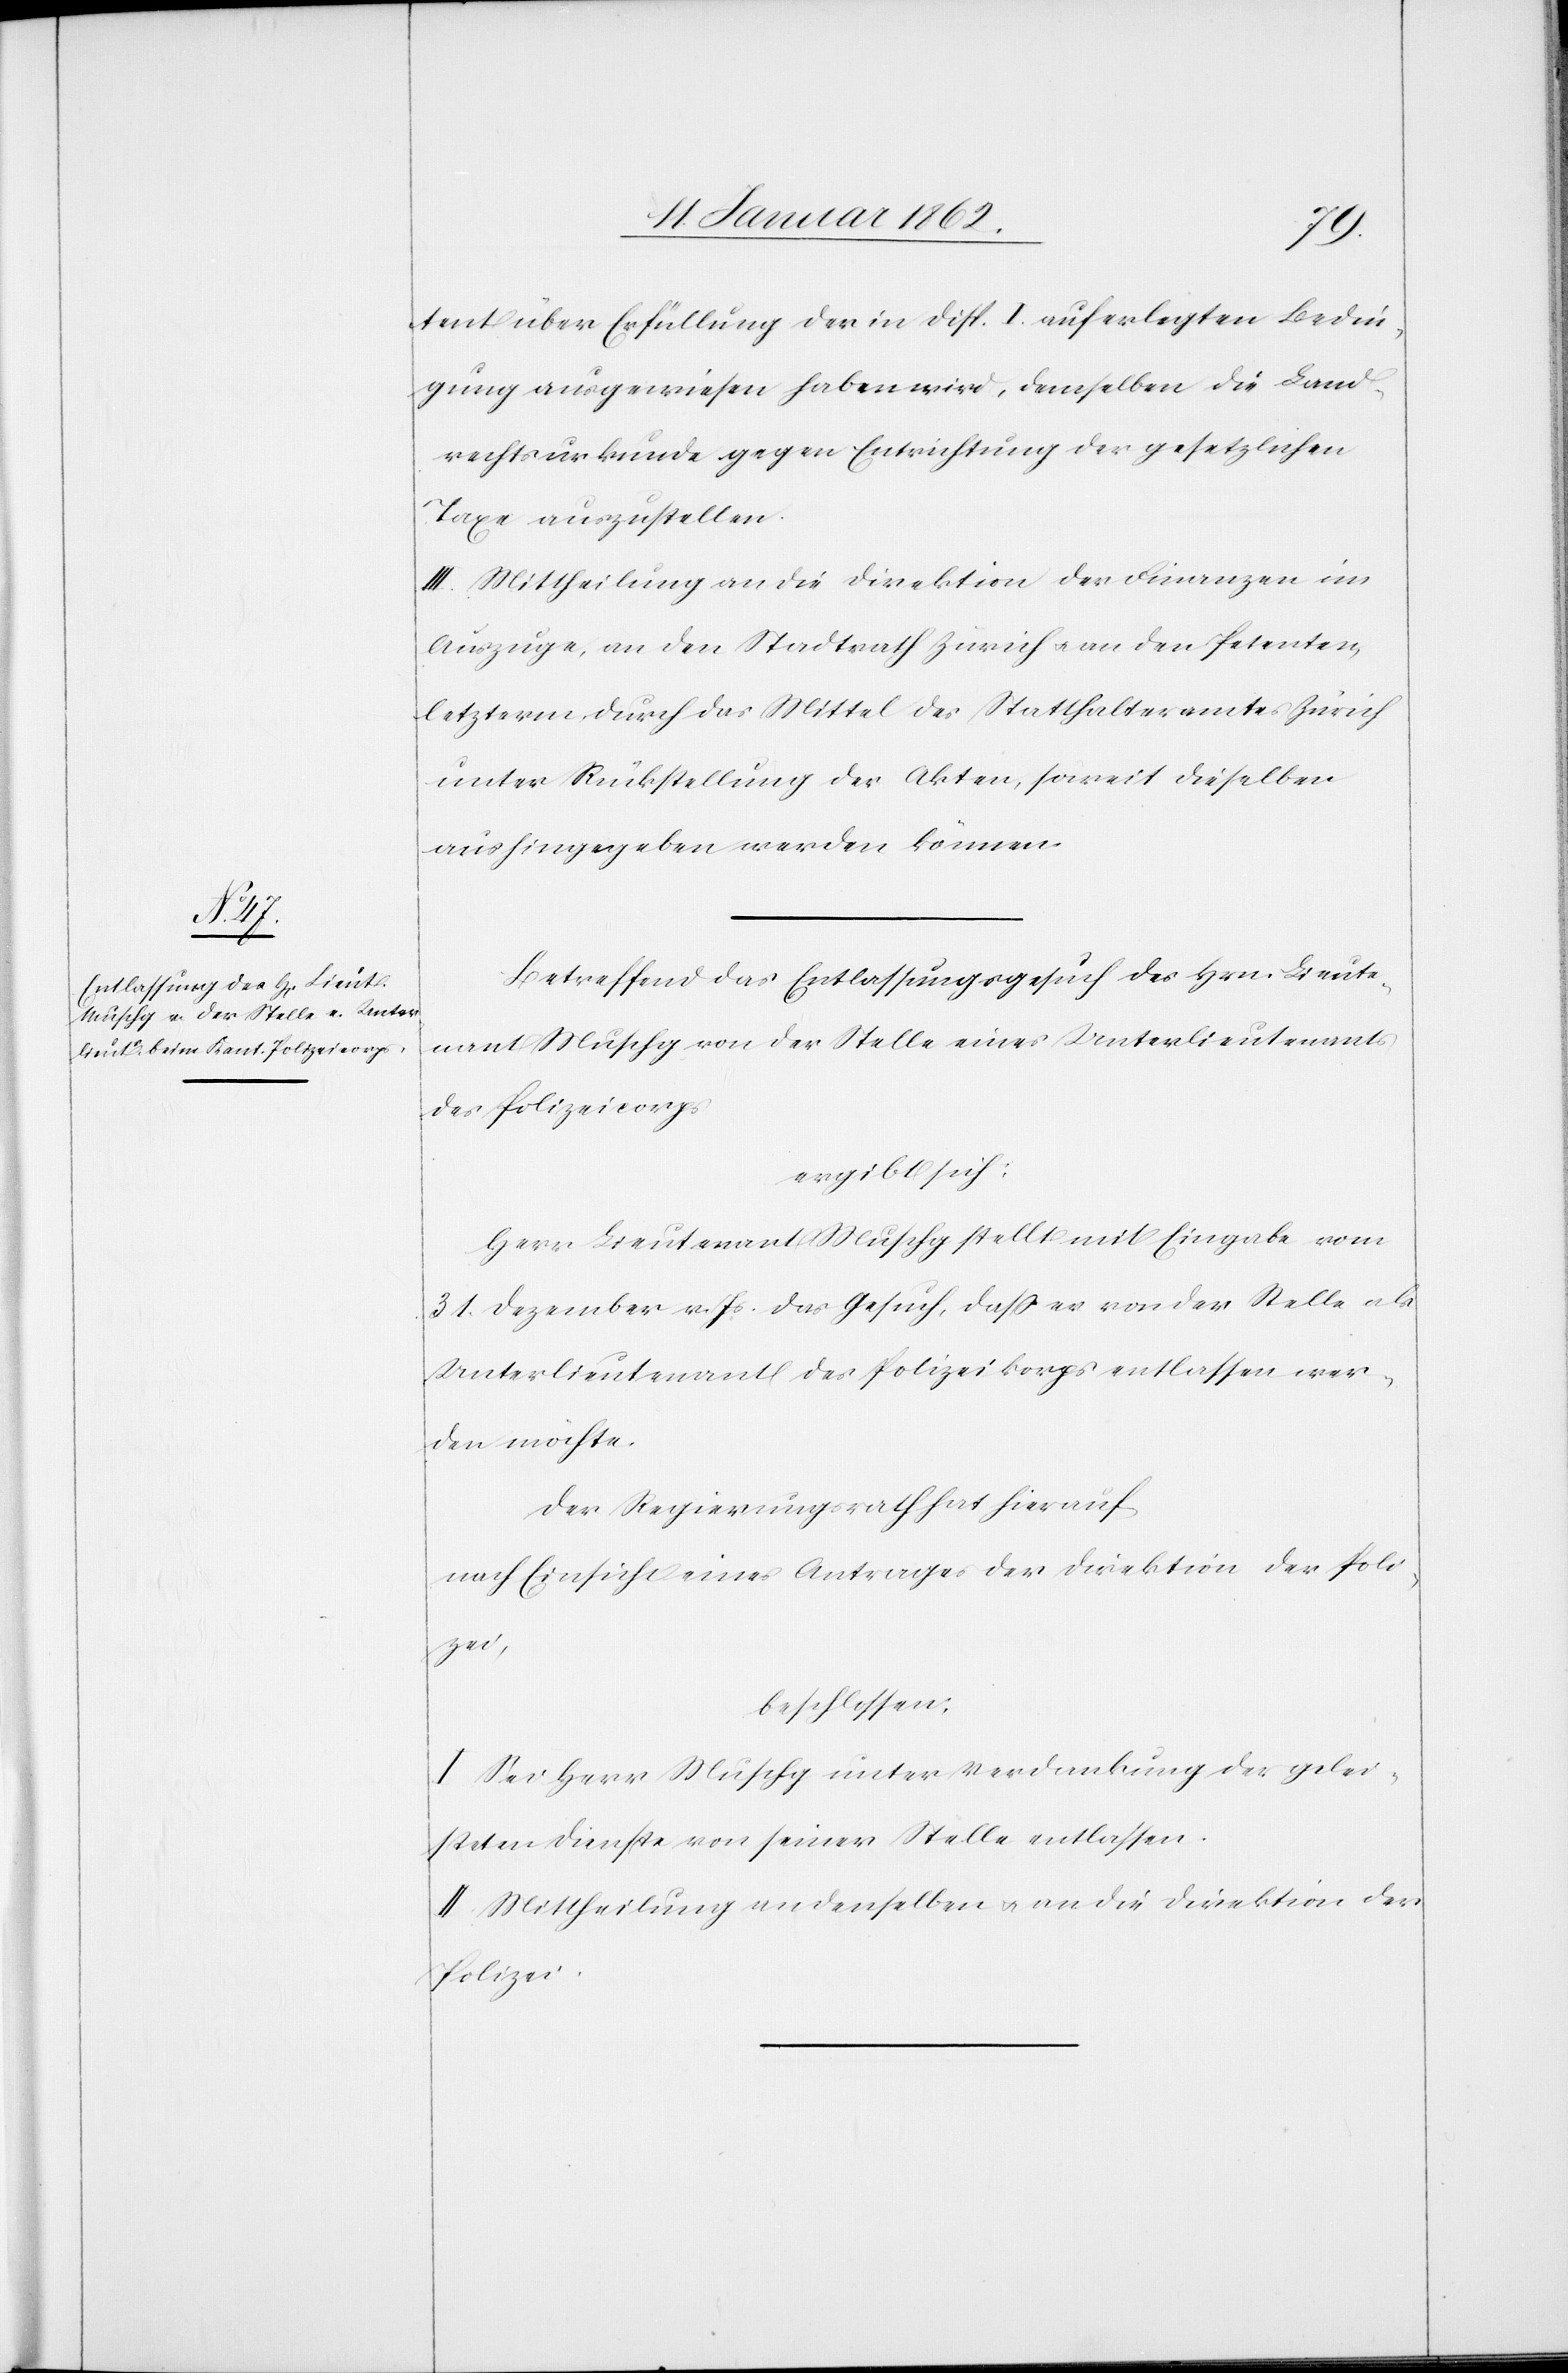
tent über Erfüllung der in Disp. I. auferlegten Bedin¬
gung ausgewiesen haben wird, demselben die Land¬
rechtsurkunde gegen Entrichtung der gesetzlichen
Taxe auszustellen.
III. Mittheilung an die Direktion der Finanzen im
Auszuge, an den Stadtrath Zürich u. an den Petenten,
letzterm durch das Mittel des Statthalteramtes Zürich
unter Rückstellung der Akten, soweit dieselben
aushingegeben werden können.
Betreffend das Entlassungsgesuch des Hrn. Lieute¬
nant Muschg von der Stelle eines Unterlieutenants
des Polizeicorps
ergibt sich:
Herr Lieutenant Muschg stellt mit Eingabe vom
31. Dezember v. Js. das Gesuch, daß er von der Stelle als
Unterlieutenant des Polizeikorps entlassen wer¬
den möchte.
Der Regierungsrath hat hierauf,
nach Einsicht eines Antrages der Direktion der Poli¬
zei,
beschlossen:
I. Sei Herr Muschg unter Verdankung der gelei¬
steten Dienste von seiner Stelle entlassen.
II. Mittheilung an denselben u. an die Direktion der
Polizei.